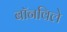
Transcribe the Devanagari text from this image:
बॉनविले